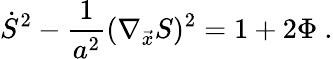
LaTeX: \dot{S}^{2}-{\frac{1}{a^{2}}}(\nabla_{\vec{x}}S)^{2}=1+2\Phi\ .